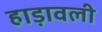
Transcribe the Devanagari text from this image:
हाड़ावली